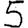
Digit: 5